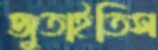
জুতাইতিস